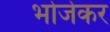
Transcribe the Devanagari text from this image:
भोजेकर